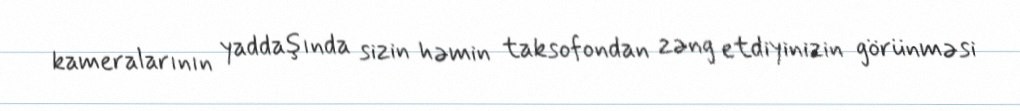
kameralarının yaddaşında sizin həmin taksofondan zəng etdiyinizin görünməsi